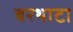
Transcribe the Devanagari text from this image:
बरथाटा